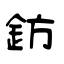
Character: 鈁